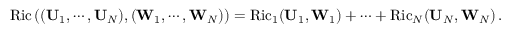
\operatorname { R i c } \left( ( \mathbf { U } _ { 1 } , \cdots , \mathbf { U } _ { N } ) , ( \mathbf { W } _ { 1 } , \cdots , \mathbf { W } _ { N } ) \right) = \operatorname { R i c } _ { 1 } ( \mathbf { U } _ { 1 } , \mathbf { W } _ { 1 } ) + \cdots + \operatorname { R i c } _ { N } ( \mathbf { U } _ { N } , \mathbf { W } _ { N } ) \, .